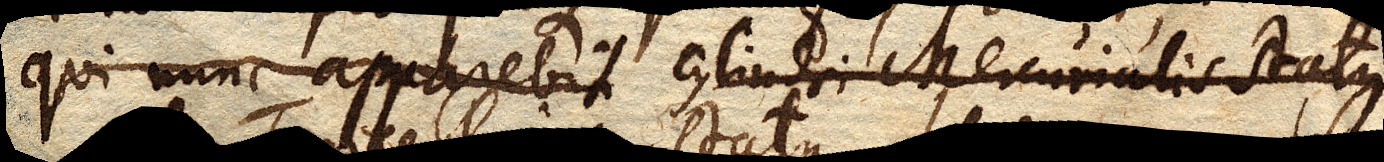
qui nunc apparebit cylindri Mercurialis status